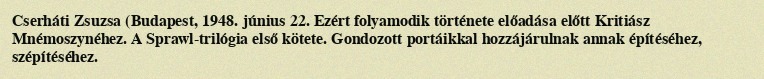
Cserháti Zsuzsa (Budapest, 1948. június 22. Ezért folyamodik története előadása előtt Kritiász Mnémoszynéhez. A Sprawl-trilógia első kötete. Gondozott portáikkal hozzájárulnak annak építéséhez, szépítéséhez.